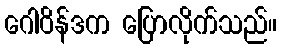
ဂေါဝိန်ဒက ပြောလိုက်သည်။